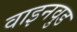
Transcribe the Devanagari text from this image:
वाइनवुड